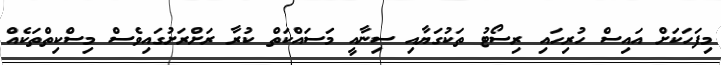
މިފަހަކަށް އައިސް ހުރިހައި ރިސޯޓު ތަކުގަޔާއި ސިނާއީ މަސައްކަތް ކުރާ ރަށްރަށުގައިވެސް މިސްކިތްތަކެއް